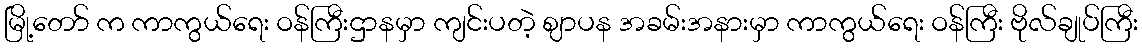
မြို့တော် က ကာကွယ်ရေး ဝန်ကြီးဌာနမှာ ကျင်းပတဲ့ ဈာပန အခမ်းအနားမှာ ကာကွယ်ရေး ဝန်ကြီး ဗိုလ်ချုပ်ကြီး